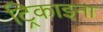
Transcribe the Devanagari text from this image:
ट्रिकाइना